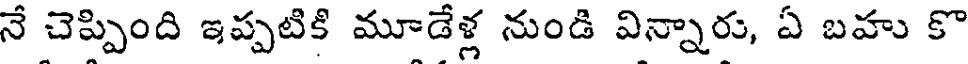
నే చెప్పింది ఇప్పటికి మూడేళ్ల నుండి విన్నారు, ఏ బహు కొ